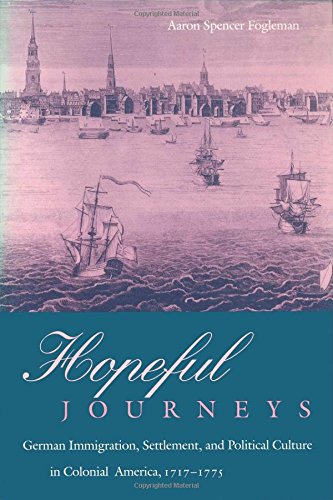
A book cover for Hopeful Journeys: German Immigration, Settlement, and Political Culture in Colonial America, 1717-1775 (Early American Studies); Aaron Spencer Fogleman; History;